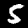
Digit: 5